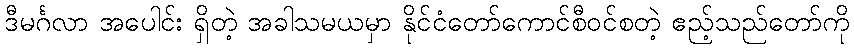
ဒီမင်္ဂလာ အပေါင်း ရှိတဲ့ အခါသမယမှာ နိုင်ငံတော်ကောင်စီဝင်စတဲ့ ဧည့်သည်တော်ကို